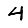
Digit: 4